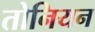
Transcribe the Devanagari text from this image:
तोनियन